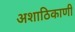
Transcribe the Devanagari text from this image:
अशाठिकाणी